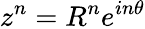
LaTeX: z^{n}=R^{n}e^{in\theta}